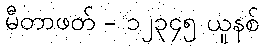
မီတာဖတ် - ၁၂၃၄၅ ယူနစ်